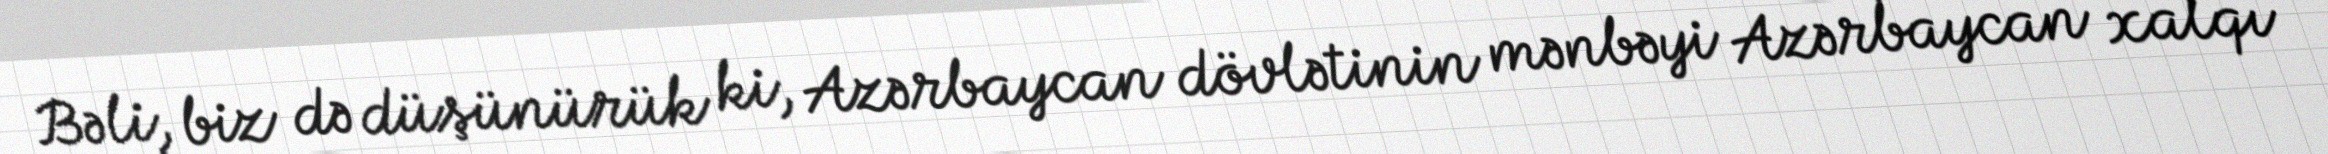
Bəli, biz də düşünürük ki, Azərbaycan dövlətinin mənbəyi Azərbaycan xalqı